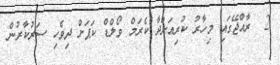
2  ރާއްޖޭގައި މިހާރު ކުރިއަށްދާ ކެރަމް ވޯލްޑް ކަޕަށް ދިވެހި ސަރުކާރުން